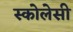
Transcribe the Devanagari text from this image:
स्कोलेसी